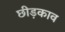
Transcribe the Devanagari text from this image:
छीड़काव